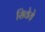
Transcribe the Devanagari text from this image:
सिवेये